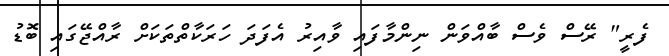
ފެރީ" ރޭސް ވެސް ބާއްވަން ނިންމާފައި ވާއިރު އެފަދަ ހަރަކާތްތަކަށް ރާއްޖޭގައި ބޮޑު